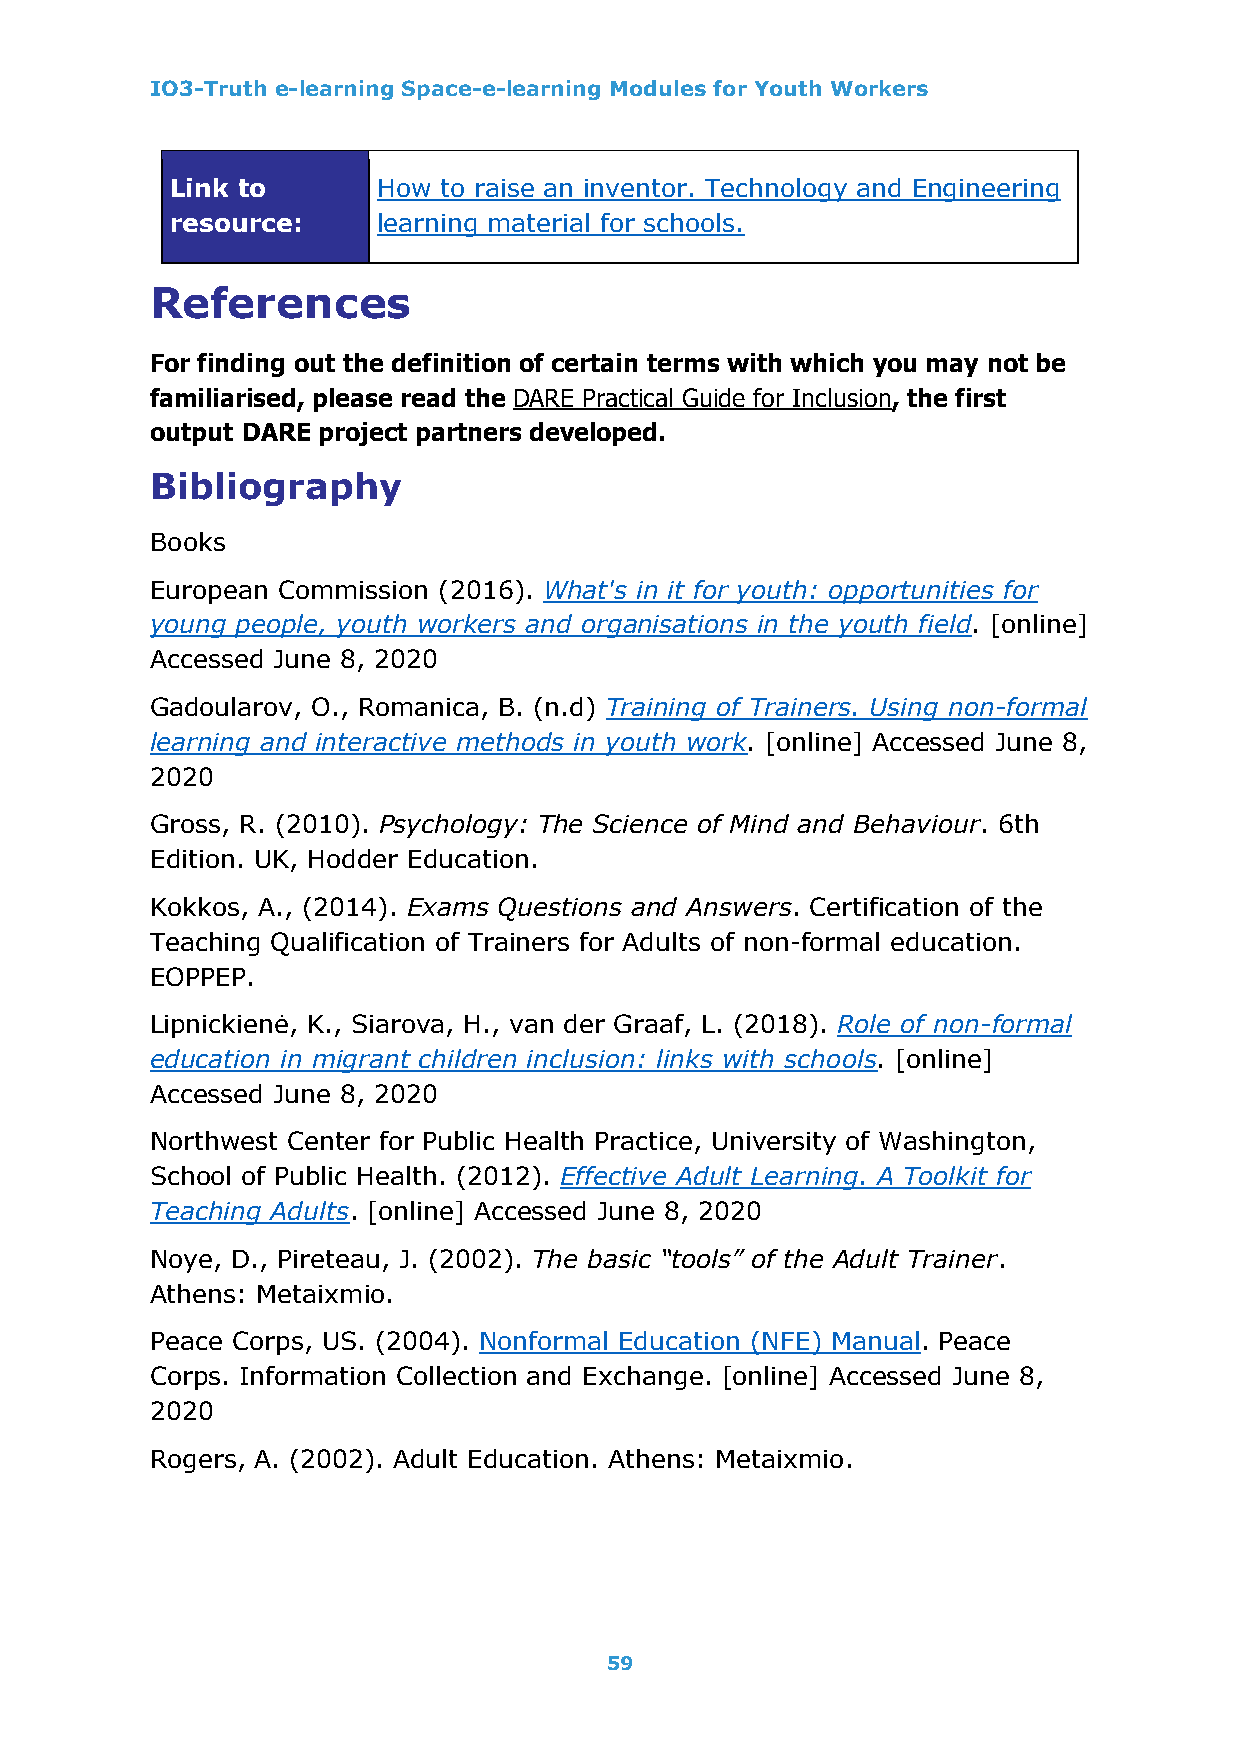
IO3-Truth e-learning Space-e-learning Modules for Youth Workers
 Link to       How to raise an inventor. Technology and Engineering
 resource:     learning material for schools.
 References
 For finding out the definition of certain terms with which you may not be
 familiarised, please read the DARE Practical Guide for Inclusion, the first
 output DARE project partners developed.
 Bibliography
 Books
 European Commission (2016). What's in it for youth: opportunities for
 young people, youth workers and organisations in the youth field. [online]
 Accessed June 8, 2020
 Gadoularov, O., Romanica, B. (n.d) Training of Trainers. Using non-formal
 learning and interactive methods in youth work. [online] Accessed June 8,
 2020
 Gross, R. (2010). Psychology: The Science of Mind and Behaviour. 6th
 Edition. UK, Hodder Education.
 Kokkos, A., (2014). Exams Questions and Answers. Certification of the
 Teaching Qualification of Trainers for Adults of non-formal education.
 EOPPEP.
 Lipnickienė, K., Siarova, H., van der Graaf, L. (2018). Role of non-formal
 education in migrant children inclusion: links with schools. [online]
 Accessed June 8, 2020
 Northwest Center for Public Health Practice, University of Washington,
 School of Public Health. (2012). Effective Adult Learning. A Toolkit for
 Teaching Adults. [online] Accessed June 8, 2020
 Noye, D., Pireteau, J. (2002). The basic “tools” of the Adult Trainer.
 Athens: Metaixmio.
 Peace Corps, US. (2004). Nonformal Education (NFE) Manual. Peace
 Corps. Information Collection and Exchange. [online] Accessed June 8,
 2020
 Rogers, A. (2002). Adult Education. Athens: Metaixmio.
 59